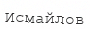
Исмайлов